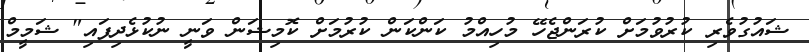
ޝައުގުވެރި ކުރުވުމަށް ކުރަންޖެހޭ މުހިއްމު ކަންކަން ކުރުމަށް ކޮމިޝަން ވަނީ ނުކުޅެދިފައި" ޝަމީމް